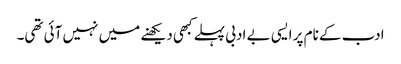
ادب کے نام پر ایسی بے ادبی پہلے کبھی دیکھنے میں نہیں آئی تھی۔